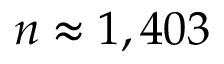
n \approx 1 , 4 0 3